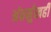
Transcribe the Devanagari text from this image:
अंतर्मुखही